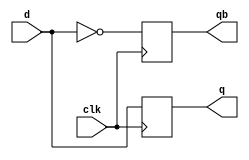
module d_ff_beh(d,q,qb,clk);
input d,clk;
output q,qb;
reg q,qb;
always @(posedge clk)
begin
q=d;
qb=~q;
end
endmodule